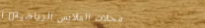
محلات الملابس الرياضية: أ